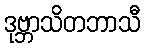
ဒုဗ္ဘာသိတဘာသီ